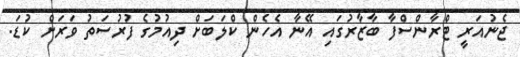
ޖެނުއަރީ ޓްރާންސްފާ ބާޒާރުގައި އޭނާ އެހެން ކްލަބަށް ދިއުމުގެ ފުރުސަތު ވަރަށް ކުޑަ.